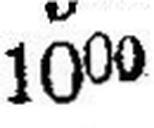
1000